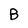
Character: B